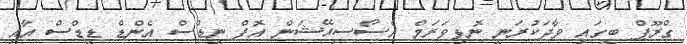
ގްރޫޕް ބީގައި ވާދަކުރަނީ ނޮޅިވަރަމް އެސޯސިއޭޝަން އޮފް ނީޑްސް އެންޑް ޑީޑްސް އާއި